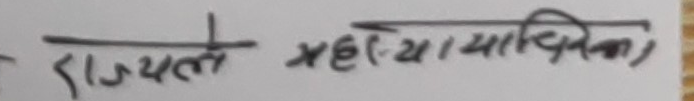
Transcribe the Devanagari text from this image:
राज्य के महाधिवक्ता)